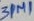
Text: 3PM1